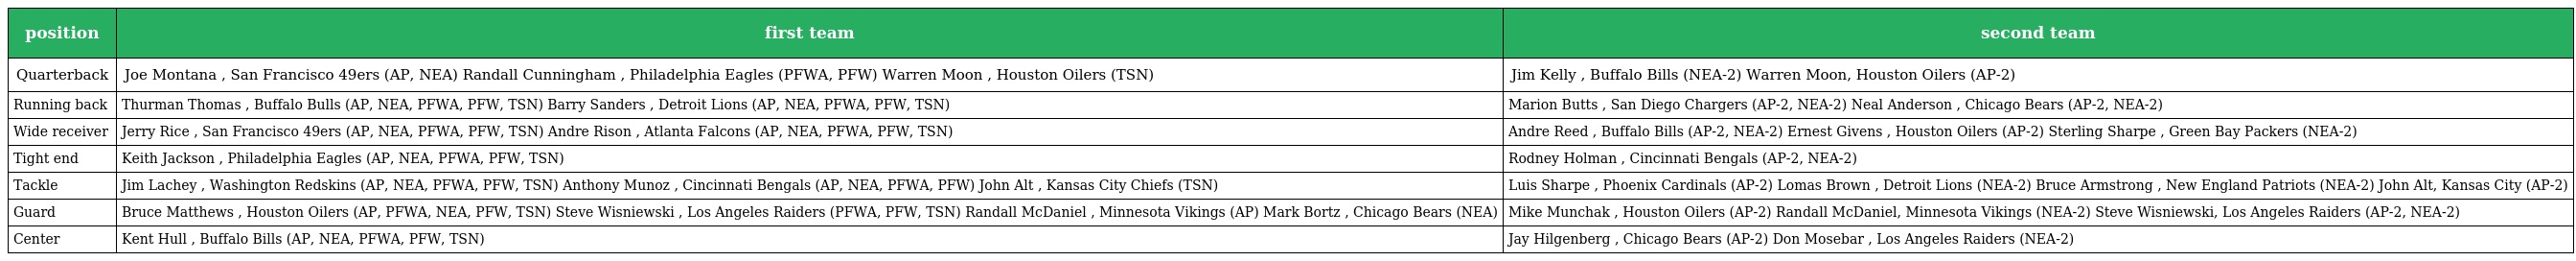
| position | first team | second team |
 | --- | --- | --- |
 | Quarterback | Joe Montana , San Francisco 49ers (AP, NEA) Randall Cunningham , Philadelphia Eagles (PFWA, PFW) Warren Moon , Houston Oilers (TSN) | Jim Kelly , Buffalo Bills (NEA-2) Warren Moon, Houston Oilers (AP-2) |
 | Running back | Thurman Thomas , Buffalo Bulls (AP, NEA, PFWA, PFW, TSN) Barry Sanders , Detroit Lions (AP, NEA, PFWA, PFW, TSN) | Marion Butts , San Diego Chargers (AP-2, NEA-2) Neal Anderson , Chicago Bears (AP-2, NEA-2) |
 | Wide receiver | Jerry Rice , San Francisco 49ers (AP, NEA, PFWA, PFW, TSN) Andre Rison , Atlanta Falcons (AP, NEA, PFWA, PFW, TSN) | Andre Reed , Buffalo Bills (AP-2, NEA-2) Ernest Givens , Houston Oilers (AP-2) Sterling Sharpe , Green Bay Packers (NEA-2) |
 | Tight end | Keith Jackson , Philadelphia Eagles (AP, NEA, PFWA, PFW, TSN) | Rodney Holman , Cincinnati Bengals (AP-2, NEA-2) |
 | Tackle | Jim Lachey , Washington Redskins (AP, NEA, PFWA, PFW, TSN) Anthony Munoz , Cincinnati Bengals (AP, NEA, PFWA, PFW) John Alt , Kansas City Chiefs (TSN) | Luis Sharpe , Phoenix Cardinals (AP-2) Lomas Brown , Detroit Lions (NEA-2) Bruce Armstrong , New England Patriots (NEA-2) John Alt, Kansas City (AP-2) |
 | Guard | Bruce Matthews , Houston Oilers (AP, PFWA, NEA, PFW, TSN) Steve Wisniewski , Los Angeles Raiders (PFWA, PFW, TSN) Randall McDaniel , Minnesota Vikings (AP) Mark Bortz , Chicago Bears (NEA) | Mike Munchak , Houston Oilers (AP-2) Randall McDaniel, Minnesota Vikings (NEA-2) Steve Wisniewski, Los Angeles Raiders (AP-2, NEA-2) |
 | Center | Kent Hull , Buffalo Bills (AP, NEA, PFWA, PFW, TSN) | Jay Hilgenberg , Chicago Bears (AP-2) Don Mosebar , Los Angeles Raiders (NEA-2) |